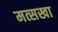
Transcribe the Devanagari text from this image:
मत्सखा